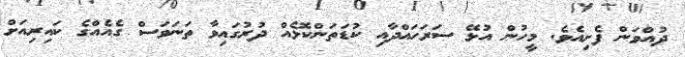
ދުއްވަން ފެށިއެވެ. މީހުން އުޅޭ ސަރަހައްދާއި ކުޑަތަންކޮޅެއް ދުރުގައިވާ ތަނަވަސް ގެއެއްގެ ކައިރިއަށް